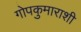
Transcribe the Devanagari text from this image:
गोपकुमाराशी